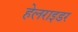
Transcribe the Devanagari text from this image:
हेलराइडर